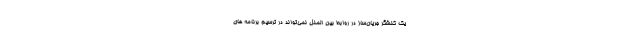
یک کنشگر جریان‌ساز در روابط بین الملل نمی‌تواند در ترسیم برنامه های